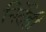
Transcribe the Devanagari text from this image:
निर्देही